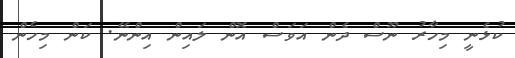
ކުޅެނީ މިހާރު ނޫސް ދެން އަވަސް އޮން ލައިން އިންނޭ. ކަން މިހެން